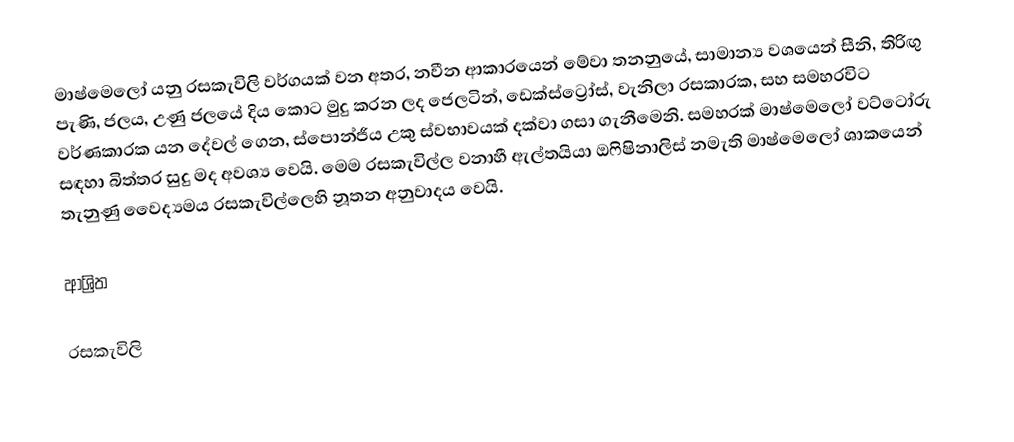
මාෂ්මෙලෝ යනු රසකැවිලි වර්ගයක් වන අතර, නවීන ආකාරයෙන් මේවා තනනුයේ, සාමාන්‍ය වශයෙන් සීනි,  තිරිඟු පැණි, ජලය, උණු ජලයේ දිය කොට මුදු කරන ලද ජෙලටින්, ඩෙක්ස්ට්‍රෝස්, වැනිලා රසකාරක, සහ සමහරවිට වර්ණකාරක යන දේවල් ගෙන, ස්පොන්ජීය උකු ස්වභාවයක් දක්වා ගසා ගැනීමෙනි. සමහරක් මාෂ්මෙලෝ වට්ටෝරු සඳහා බිත්තර සුදු මද අවශ්‍ය වෙයි. මෙම රසකැවිල්ල වනාහී ඇල්තයියා ඔෆිෂිනාලිස් නමැති මාෂ්මෙලෝ ශාකයෙන් තැනුණු වෛද්‍යමය රසකැවිල්ලෙහි නූතන අනුවාදය වෙයි.

ආශ්‍රිත

රසකැවිලි